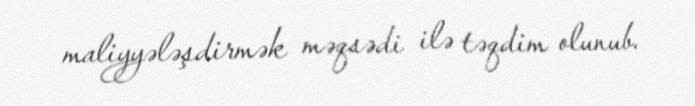
maliyyələşdirmək məqsədi ilə təqdim olunub.